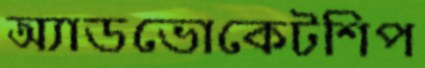
অ্যাডভোকেটশিপ